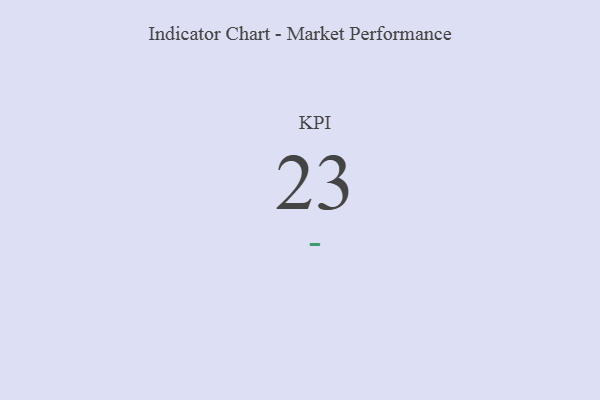
{"axis": {"x": "KPI", "y": "Value"}, "legend": [""], "data": [{"x": "KPI", "y": 23, "type": ""}]}